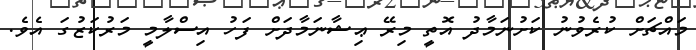
މައްޗަށް ކުރެވުނު ކަށުނަމާދު އޮތީ މިރޭ ޢިޝާނަމާދަށް ފަހު އިސްލާމީ މަރުކަޒުގަ އެވެ.